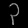
Digit: ၃